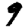
Digit: 9